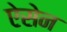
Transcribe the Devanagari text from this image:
ऐसेन